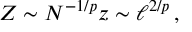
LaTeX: Z \sim N ^ { - 1 / p } z \sim \ell ^ { 2 / p } \, ,